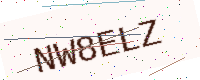
Text: NW8ELZ